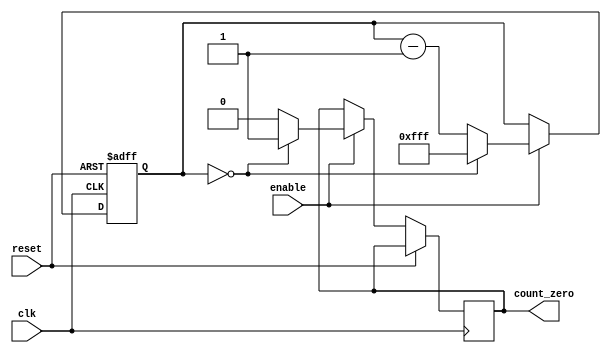
module binary_down_counter (
    input wire clk,
    input wire reset,
    input wire enable,
    output reg count_zero
);

reg [11:0] count;

always @(posedge clk or posedge reset) begin
    if (reset) begin
        count <= 12'b111111111111;
    end else if (enable) begin
        if (count == 0) begin
            count <= 12'b111111111111;
            count_zero <= 1;
        end else begin
            count <= count - 1;
            count_zero <= 0;
        end
    end
end

endmodule